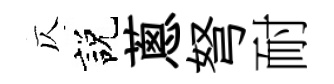
仄説蔥弩耐